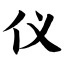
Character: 仪